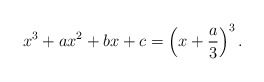
\begin{align*}x^3 + a x^2 + b x + c=\left(x+\frac a3\right)^3.\end{align*}